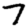
Digit: 7